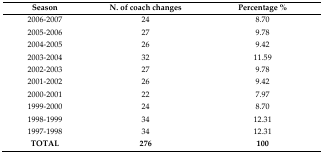
| Season | N. of coach changes | Percentage % |
 | --- | --- | --- |
 | 2006–2007 | 24 | 8.70 |
 | 2005–2006 | 27 | 9.78 |
 | 2004–2005 | 26 | 9.42 |
 | 2003–2004 | 32 | 11.59 |
 | 2002–2003 | 27 | 9.78 |
 | 2001–2002 | 26 | 9.42 |
 | 2000–2001 | 22 | 7.97 |
 | 1999–2000 | 24 | 8.70 |
 | 1998–1999 | 34 | 12.31 |
 | 1997–1998 | 34 | 12.31 |
 | TOTAL | 276 | 100 |